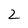
Character: 2